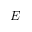
E